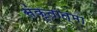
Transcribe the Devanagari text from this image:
संकृतात्मा